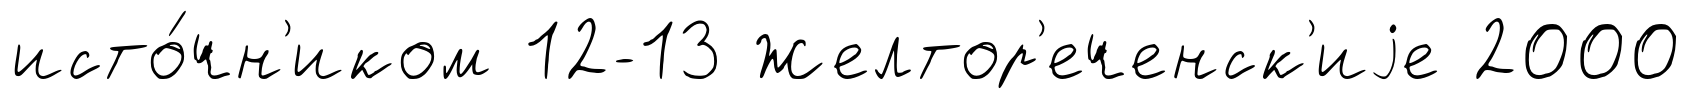
исто́чн'иком 12-13 Желтор'еченск'иjе 2000